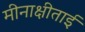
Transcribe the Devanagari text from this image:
मीनाक्षीताई